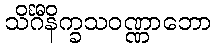
သိင်္ဂီနိက္ခသဝဏ္ဏာဘော